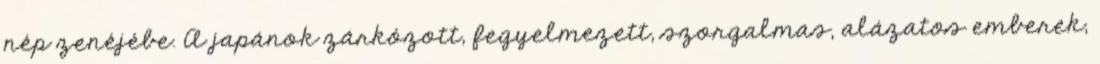
nép zenéjébe. A japánok zárkózott, fegyelmezett, szorgalmas, alázatos emberek,